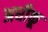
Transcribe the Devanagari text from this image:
अधीकू